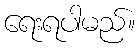
ရေးရပါမည်။